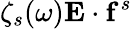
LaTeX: \zeta_{s}(\omega)\mathbf{E}\cdot\mathbf{f}^{s}